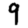
Digit: 9